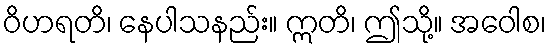
ဝိဟရတိ၊ နေပါသနည်း။ ဣတိ၊ ဤသို့။ အဝေါစ၊